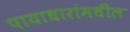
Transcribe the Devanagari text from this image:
पायाधारांमधील